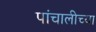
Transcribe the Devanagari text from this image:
पांचालीच्या